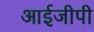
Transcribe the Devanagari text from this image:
आईजीपी